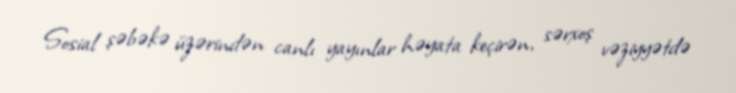
Sosial şəbəkə üzərindən canlı yayınlar həyata keçirən, sərxoş vəziyyətdə